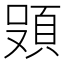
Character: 𮨄